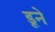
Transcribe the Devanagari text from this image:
डूने